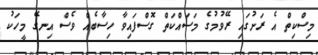
މިސްކިތް އެ ރަށުގައި ރޭވުމުގެ މަސައްކަތް ގޮސްފައިވާ ހިސާބެއް ވެސް އިނގޭ މީހަކު